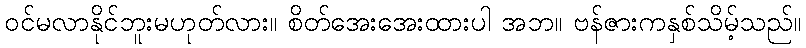
ဝင်မလာနိုင်ဘူးမဟုတ်လား။ စိတ်အေးအေးထားပါ အဘ။ ဗန်ဇားကနှစ်သိမ့်သည်။